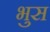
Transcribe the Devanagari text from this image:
भुस